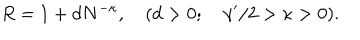
LaTeX: R = 1 + d N ^ { - \kappa } , \quad ( d > 0 ; \quad { \gamma ^ { \prime } } / 2 > \kappa > 0 ) .